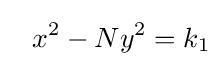
\ \ x^{2}-Ny^{2}=k_{1}